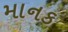
માનક